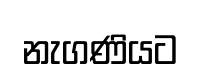
නැගණියට